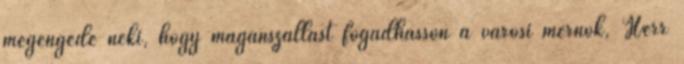
megengedé neki, hogy magánszállást fogadhasson a városi mérnök, Herr